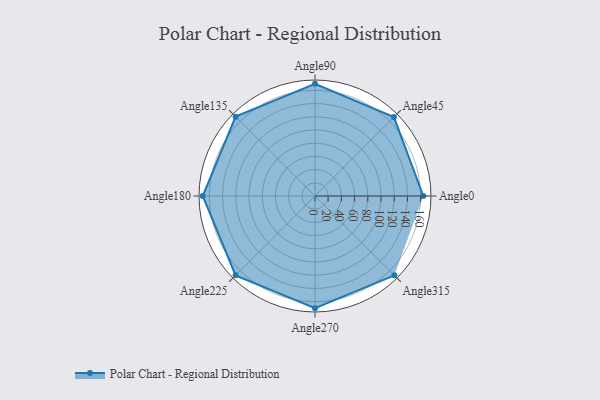
{"axis": {"x": "Angle", "y": "Radius"}, "legend": [""], "data": [{"x": "Angle0", "y": 164.0, "type": ""}, {"x": "Angle45", "y": 169.0, "type": ""}, {"x": "Angle90", "y": 170, "type": ""}, {"x": "Angle135", "y": 170, "type": ""}, {"x": "Angle180", "y": 170, "type": ""}, {"x": "Angle225", "y": 170, "type": ""}, {"x": "Angle270", "y": 170, "type": ""}, {"x": "Angle315", "y": 170, "type": ""}]}